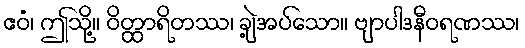
ဧဝံ၊ ဤသို့။ ဝိတ္ထာရိတဿ၊ ချဲ့အပ်သော။ ဗျာပါဒနီဝရဏဿ၊